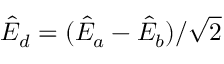
\hat { E } _ { d } = ( \hat { E } _ { a } - \hat { E } _ { b } ) / \sqrt { 2 }